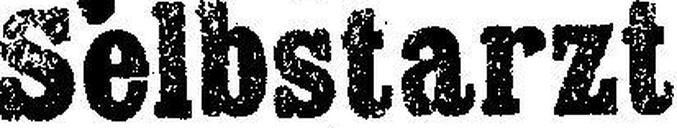
Selbstarzt